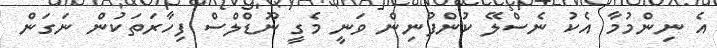
އެ ނިންމުމާ އެކު ނެސްލޭ ކުންފުނިން ވަނީ މެގީ ނޫޑްލްސް ފިހާރަތަކުން ނަގަން